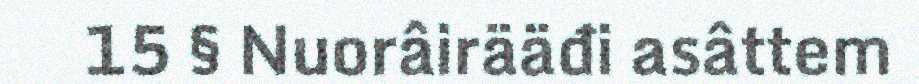
15 § Nuorâirääđi asâttem